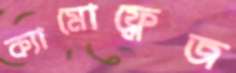
ক্যামোফ্লেজ